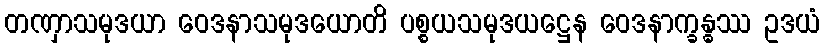
တဏှာသမုဒယာ ဝေဒနာသမုဒယောတိ ပစ္စယသမုဒယဋ္ဌေန ဝေဒနာက္ခန္ဓဿ ဥဒယံ